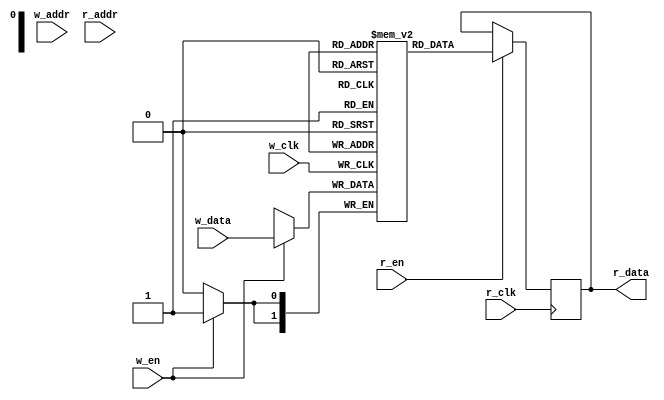
module iob_ram_t2p
  #( 
     parameter HEXFILE="none",
     parameter DATA_W = 0,
     parameter ADDR_W = 0
     ) 
   (
    // Write port
    input                   w_clk,
    input                   w_en,
    input [ADDR_W-1:0]      w_addr,
    input [DATA_W-1:0]      w_data,

    // Read port
    input                   r_clk,
    input                   r_en,
    input [ADDR_W-1:0]      r_addr,
    output reg [DATA_W-1:0] r_data
    );

   //this allows ISE 14.7 to work; do not remove
   localparam mem_init_file_int = HEXFILE;

   // Declare the RAM
   reg [DATA_W-1:0]         ram [2**ADDR_W-1:0];

   // Initialize the RAM
   initial
     if(mem_init_file_int != "none")
       $readmemh(mem_init_file_int, ram, 0, 2**ADDR_W - 1);

   //write
   always@(posedge w_clk)
     if(w_en)
       ram[w_addr] <= w_data;

   //read mode depends on mem implementation, as ram or reg
   always@(posedge r_clk)  begin
      if(r_en)
        r_data <= ram[r_addr];
   end

endmodule